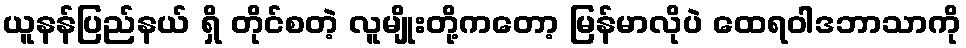
ယူနန်ပြည်နယ် ရှိ တိုင်စတဲ့ လူမျိုးတို့ကတော့ မြန်မာလိုပဲ ထေရဝါဒဘာသာကို